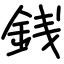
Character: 銭